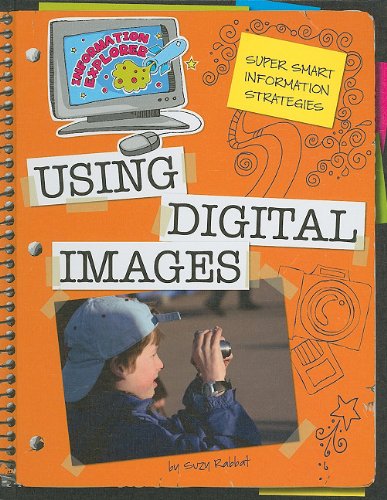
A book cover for Using Digital Images: Super Smart Information Strategies (Information Explorer); Suzy Rabbat; Children's Books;